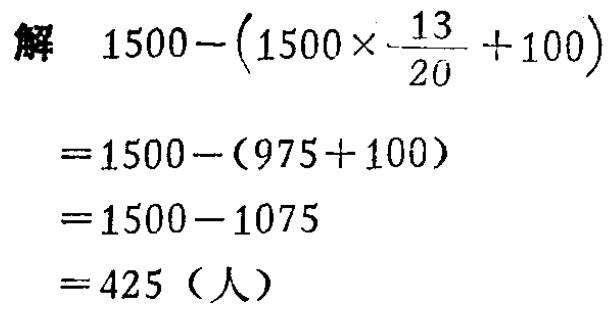
解 \(1500-\left(1500\times\frac{13}{20}+100\right)\)

\(=1500-(975 + 100)\)

\(=1500-1075\)

\(=425\)（人）